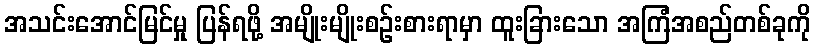
အသင်းအောင်မြင်မှု ပြန်ရဖို့ အမျိုးမျိုးစဉ်းစားရာမှာ ထူးခြားသော အကြံအစည်တစ်ခုကို